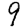
Digit: 9